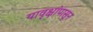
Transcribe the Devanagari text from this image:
यावृक्षांपासून